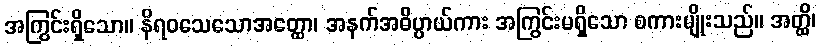
အကြွင်းရှိသော။ နိရဝသေသောအတ္ထော၊ အနက်အဓိပ္ပာယ်ကား အကြွင်းမရှိသော စကားမျိုးသည်။ အတ္ထိ၊